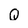
Character: Q